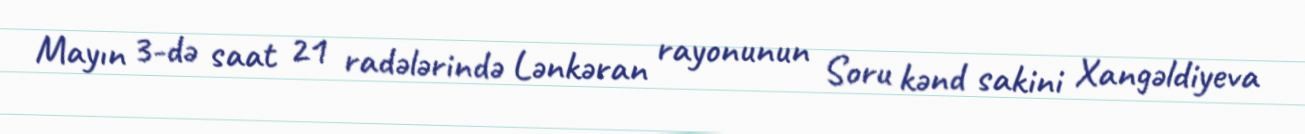
Mayın 3-də saat 21 radələrində Lənkəran rayonunun Soru kənd sakini Xangəldiyeva